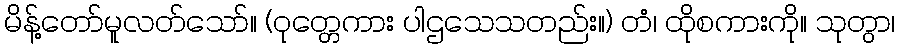
မိန့်တော်မူလတ်သော်။ (ဝုတ္တေကား ပါဌသေသတည်း။) တံ၊ ထိုစကားကို။ သုတွာ၊